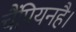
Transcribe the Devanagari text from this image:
चैंपियनहै।